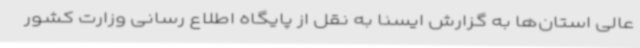
عالی استان‌ها به گزارش ایسنا به نقل از پایگاه اطلاع رسانی وزارت کشور